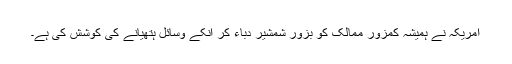
امریکہ نے ہمیشہ کمزور ممالک کو بزور شمشیر دباء کر انکے وسائل ہتھیانے کی کوشش کی ہے۔